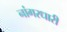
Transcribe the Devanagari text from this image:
नांगरधारी